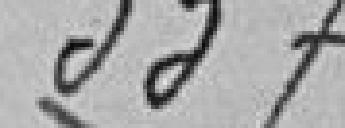
337